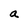
Character: a